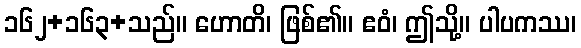
၁၆၂+၁၆၃+သည်။ ဟောတိ၊ ဖြစ်၏။ ဧဝံ၊ ဤသို့။ ပါပကဿ၊